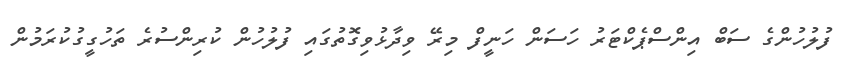
ފުލުހުންގެ ސަބް އިންސްޕެކްޓަރު ހަސަން ހަނީފް މިރޭ ވިދާޅުވިގޮތުގައި ފުލުހުން ކުރިންސުރެ ތަހުގީގުކުރަމުން